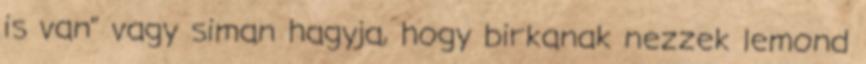
is van" vagy siman hagyja, hogy birkanak nezzek lemond